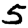
Digit: 5